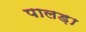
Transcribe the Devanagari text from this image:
पालड़ा